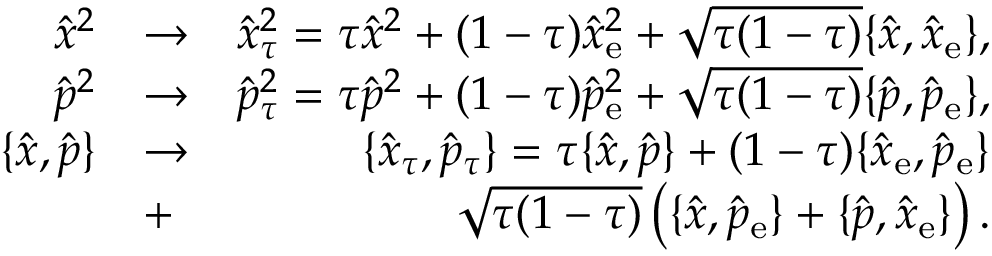
\begin{array} { r l r } { \hat { x } ^ { 2 } } & { \rightarrow } & { \hat { x } _ { \tau } ^ { 2 } = \tau \hat { x } ^ { 2 } + ( 1 - \tau ) \hat { x } _ { \mathrm { e } } ^ { 2 } + \sqrt { \tau ( 1 - \tau ) } \{ \hat { x } , \hat { x } _ { \mathrm { e } } \} , } \\ { \hat { p } ^ { 2 } } & { \rightarrow } & { \hat { p } _ { \tau } ^ { 2 } = \tau \hat { p } ^ { 2 } + ( 1 - \tau ) \hat { p } _ { \mathrm { e } } ^ { 2 } + \sqrt { \tau ( 1 - \tau ) } \{ \hat { p } , \hat { p } _ { \mathrm { e } } \} , } \\ { \{ \hat { x } , \hat { p } \} } & { \rightarrow } & { \{ \hat { x } _ { \tau } , \hat { p } _ { \tau } \} = \tau \{ \hat { x } , \hat { p } \} + ( 1 - \tau ) \{ \hat { x } _ { \mathrm { e } } , \hat { p } _ { \mathrm { e } } \} } \\ & { + } & { \sqrt { \tau ( 1 - \tau ) } \left( \{ \hat { x } , \hat { p } _ { \mathrm { e } } \} + \{ \hat { p } , \hat { x } _ { \mathrm { e } } \} \right) . } \end{array}